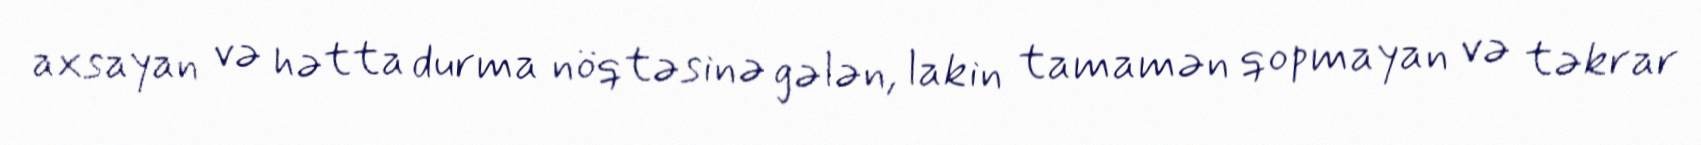
axsayan və hətta durma nöqtəsinə gələn, lakin tamamən qopmayan və təkrar